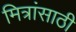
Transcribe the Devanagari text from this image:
मित्रांसाठी